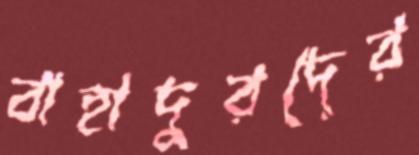
বাহাদুরদের